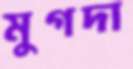
মুগদা